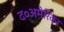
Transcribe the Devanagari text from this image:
द०अमेरिका